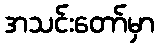
အသင်းတော်မှာ